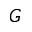
G